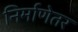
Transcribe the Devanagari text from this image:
निर्माणेतर